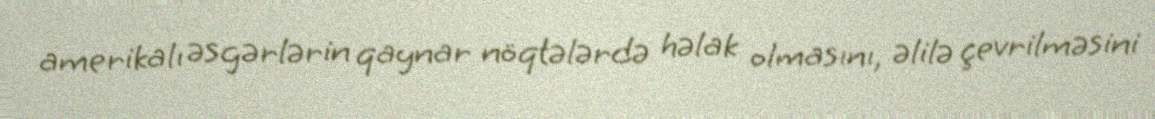
amerikalı əsgərlərin qaynar nöqtələrdə həlak olmasını, əlilə çevrilməsini